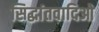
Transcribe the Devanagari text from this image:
सिद्धांतवादिओ